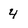
Character: 4